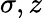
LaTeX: \sigma,z